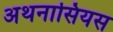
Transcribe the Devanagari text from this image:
अथनासियस